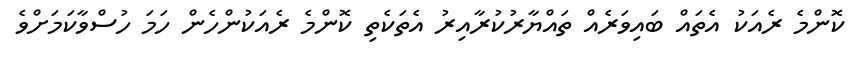
ކޮންމެ ރެއަކު އެތައް ބައިވަރެއް ތައްޔާރުކުރާއިރު އެތަކެތި ކޮންމެ ރެއަކުންހެން ހަމަ ހުސްވާކަމަށްވެ